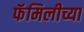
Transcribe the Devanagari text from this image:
फॅमिलीच्या